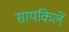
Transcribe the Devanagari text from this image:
सायकिलें